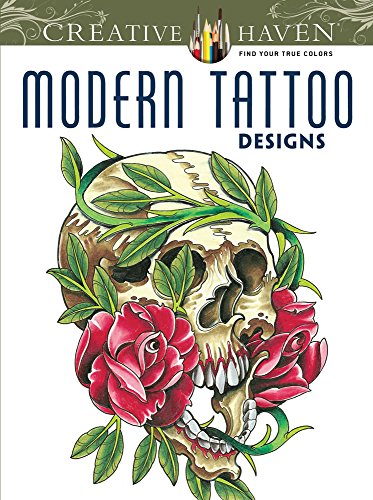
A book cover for Creative Haven Modern Tattoo Designs Coloring Book (Creative Haven Coloring Books); Erik Siuda; Arts & Photography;